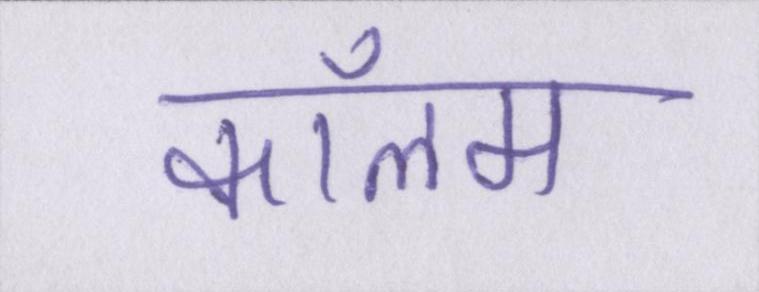
कॉलम